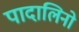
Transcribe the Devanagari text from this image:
पादालिनो